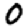
Digit: 0